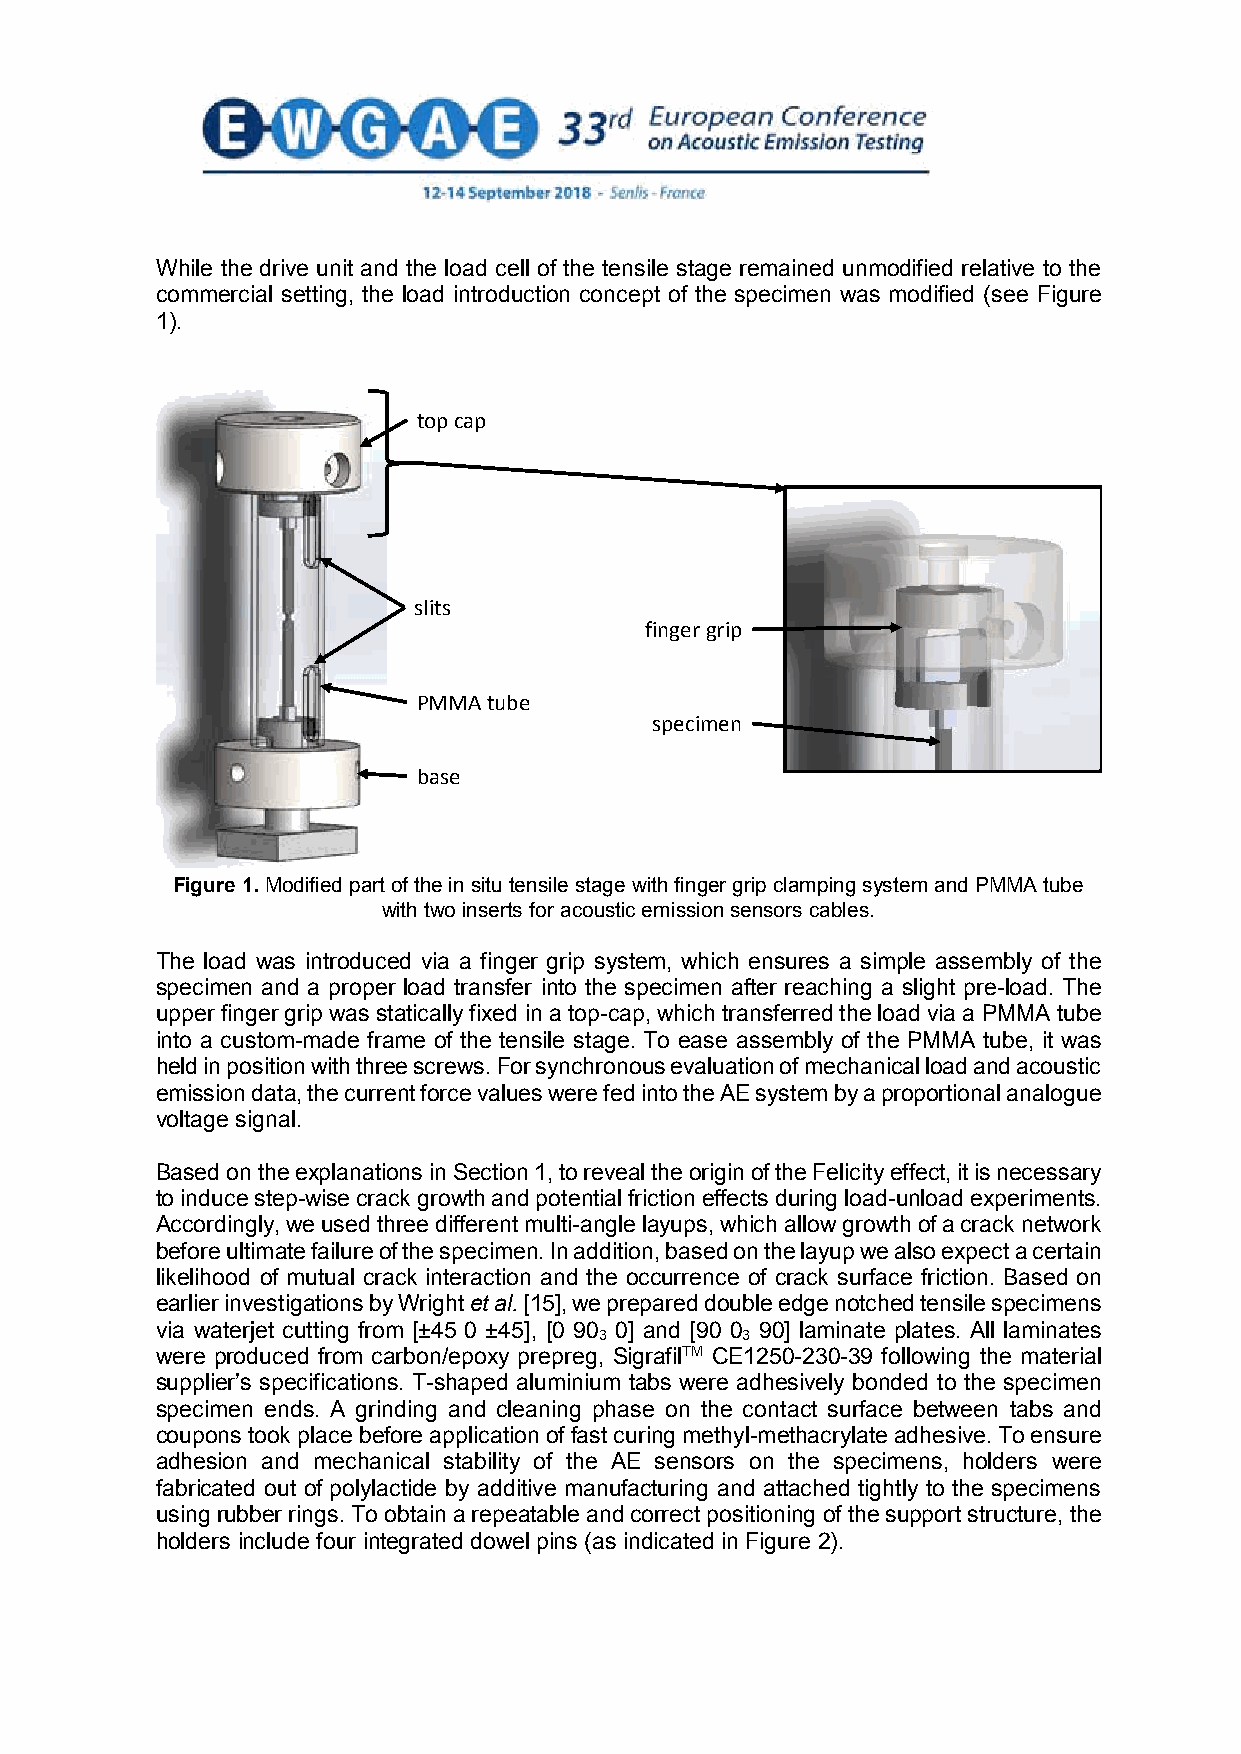
While the drive unit and the load cell of the tensile stage remained unmodified relative to the
 commercial setting, the load introduction concept of the specimen was modified (see Figure
 1).
 top cap
 slits
 fingergrip
 PMMA tube
 specimen
 base
 Figure 1. Modified part of the in situ tensile stage with finger grip clamping system and PMMA tube
 with two inserts for acoustic emission sensors cables.
 The load was introduced via a finger grip system, which ensures a simple assembly of the
 specimen and a proper load transfer into the specimen after reaching a slight pre-load. The
 upper finger grip was statically fixed in a top-cap, which transferred the load via a PMMA tube
 into a custom-made frame of the tensile stage. To ease assembly of the PMMA tube, it was
 held in position with three screws. For synchronous evaluation of mechanical load and acoustic
 emission data, the current force values were fed into the AE system by a proportional analogue
 voltage signal.
 Based on the explanations in Section 1, to reveal the origin of the Felicity effect, it is necessary
 to induce step-wise crack growth and potential friction effects during load-unload experiments.
 Accordingly, we used three different multi-angle layups, which allow growth of a crack network
 before ultimate failure of the specimen. In addition, based on the layup we also expect a certain
 likelihood of mutual crack interaction and the occurrence of crack surface friction. Based on
 earlier investigations by Wright et al. [15], we prepared double edge notched tensile specimens
 via waterjet cutting from [±45 0 ±45], [0 90 0] and [90 0 90] laminate plates. All laminates
 3        3
 were produced from carbon/epoxy prepreg, SigrafilTM CE1250-230-39 following the material
 supplier’s specifications. T-shaped aluminium tabs were adhesively bonded to the specimen
 specimen ends. A grinding and cleaning phase on the contact surface between tabs and
 coupons took place before application of fast curing methyl-methacrylate adhesive. To ensure
 adhesion and mechanical stability of the AE sensors on the specimens, holders were
 fabricated out of polylactide by additive manufacturing and attached tightly to the specimens
 using rubber rings. To obtain a repeatable and correct positioning of the support structure, the
 holders include four integrated dowel pins (as indicated in Figure 2).
 3